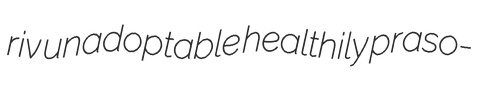
riv unadoptable healthily praso-